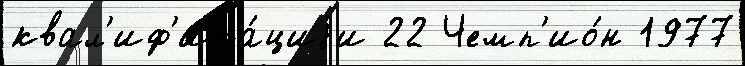
квал'иф'ика́циjи 22 Чемп'ио́н 1977